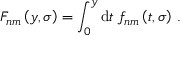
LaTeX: F _ { n m } \left( y , \sigma \right) = \int _ { 0 } ^ { y } \mathrm { d } t \; f _ { n m } \left( t , \sigma \right) \, .